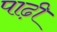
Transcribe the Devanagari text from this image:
पाढ़ी